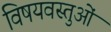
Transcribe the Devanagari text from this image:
विषयवस्‍तुओं